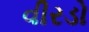
વીરડો